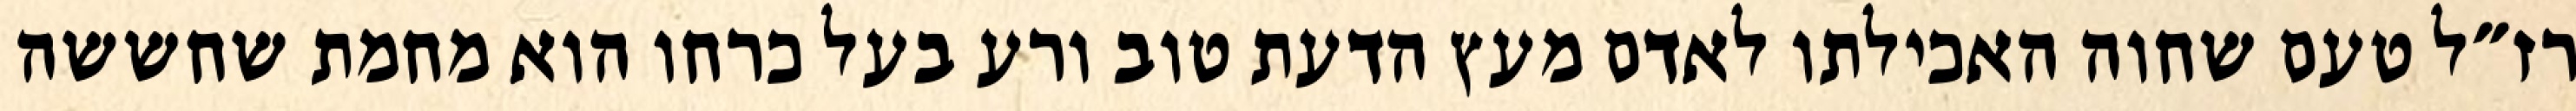
רז״ל טעם שחוה האכילתו לאדם מעץ הדעת טוב ורע בעל כרחו הוא מחמת שחששה